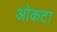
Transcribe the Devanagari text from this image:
ओकटा